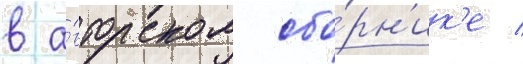
в а́вторском сбо́рн'ик'е /